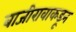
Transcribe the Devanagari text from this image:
बाजीरावाकडून